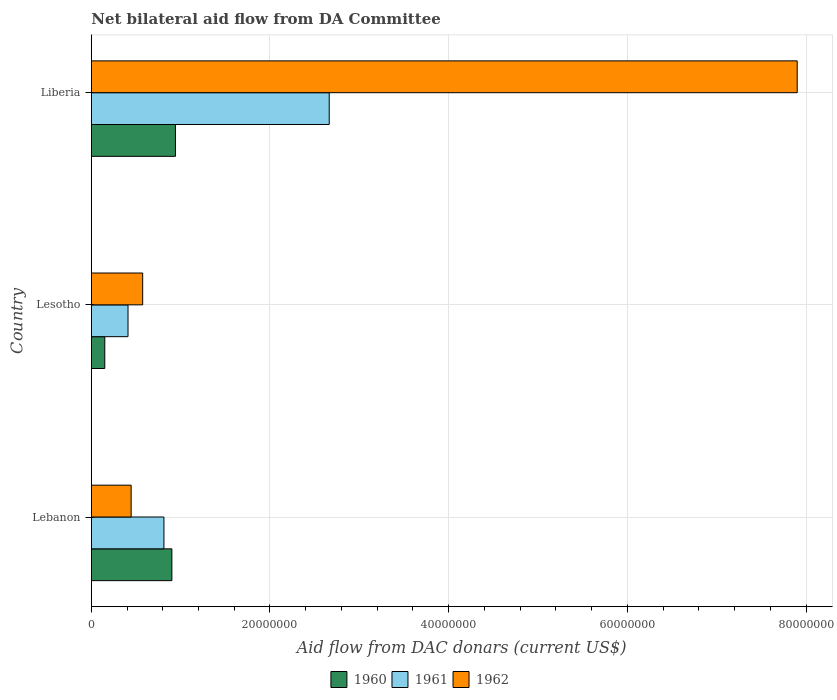
| Country | 1960 | 1961 | 1962 |
 | --- | --- | --- | --- |
 | Lebanon | 9.02e+06 | 8.13e+06 | 4.46e+06 |
 | Lesotho | 1.51e+06 | 4.11e+06 | 5.75e+06 |
 | Liberia | 9.42e+06 | 2.66e+07 | 7.9e+07 |